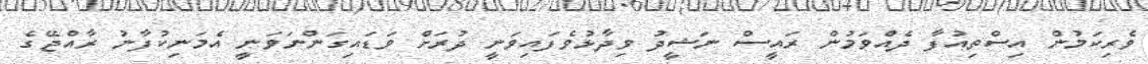
ވެރިކަމުން އިސްތިއުފާ ދެއްވަމުން ރައީސް ނަޝީދު ވިދާޅުވެފައިވަނީ ދުރަށް ވަޑައިގަންނަވަނީ އެމަނިކުފާނު ރާއްޖޭގެ